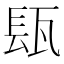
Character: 瓺